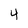
Character: 4